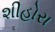
શીહોરા